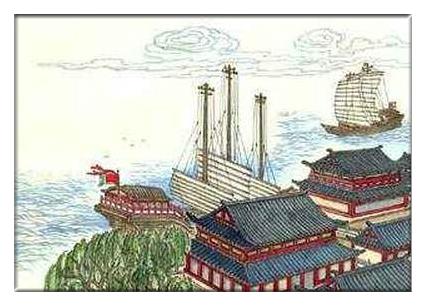
紫泉宫殿锁烟霞，欲取芜城作帝家。